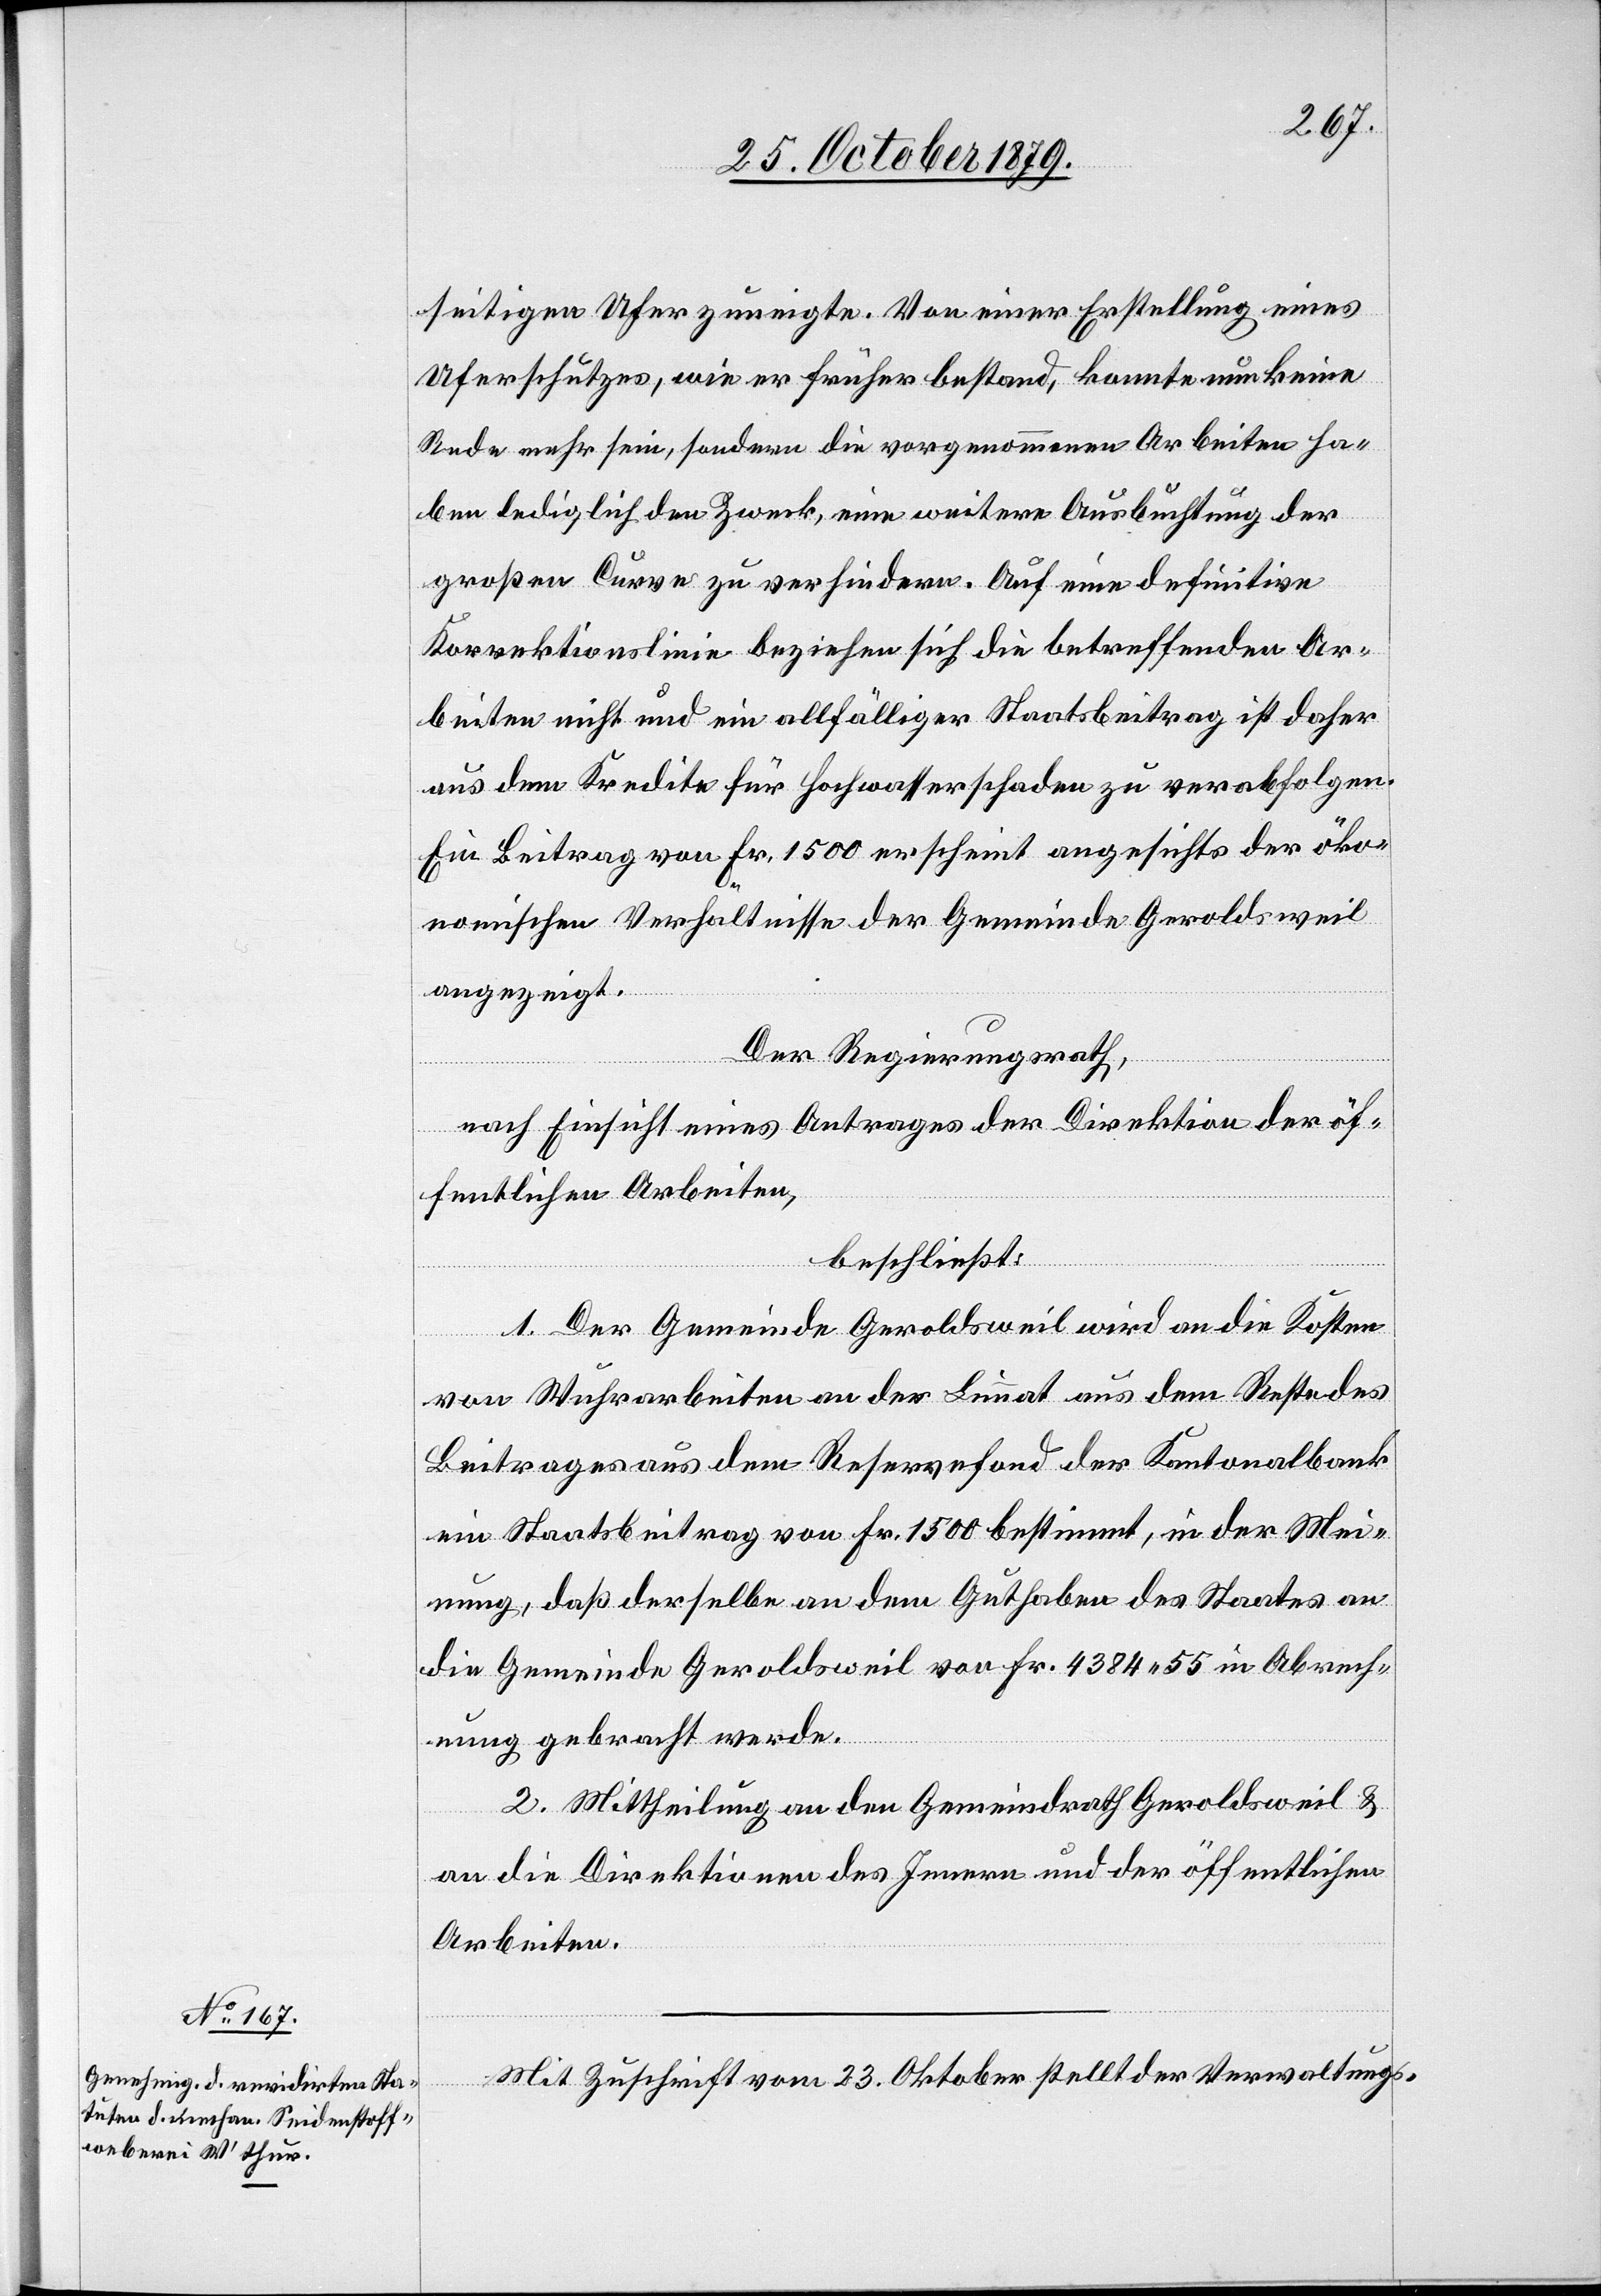
seitigen Ufer zuneigte. Von einer Erstellung eines
Uferschutzes, wie er früher bestand, konnte nun keine
Rede mehr sein, sondern die vorgenommenen Arbeiten ha¬
ben lediglich den Zweck, eine weitere Ausbuchtung der
großen Curve zu verhindern. Auf eine definitive
Korrektionslinie beziehen sich die betreffenden Ar¬
beiten nicht und ein allfälliger Staatsbeitrag ist daher
aus dem Kredite für Hochwasserschaden zu verabfolgen.
Ein Beitrag von Fr. 1500 erscheint angesichts der öko¬
nomischen Verhältnisse der Gemeinde Geroldsweil
angezeigt.
Der Regierungsrath,
nach Einsicht eines Antrages der Direktion der öf¬
fentlichen Arbeiten,
beschließt:
1. Der Gemeinde Geroldsweil wird an die Kosten
von Wuhrarbeiten an der Limmat aus dem Reste des
Beitrages aus dem Reservefond der Kantonalbank
ein Staatsbeitrag von Fr. 1500 bestimmt, in der Mei¬
nung, daß derselbe an dem Guthaben des Staates an
die Gemeinde Geroldsweil von Fr. 4384 55 in Abrech¬
nung gebracht werde.
2. Mittheilung an den Gemeindrath Geroldsweil &
an die Direktionen des Innern und der öffentlichen
Arbeiten.
Mit Zuschrift vom 23. Oktober stellt der Verwaltungs-